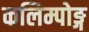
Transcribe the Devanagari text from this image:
कलिम्पोङ्ग